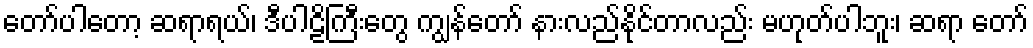
တော်ပါတော့ ဆရာရယ်၊ ဒီပါဠိကြီးတွေ ကျွန်တော် နားလည်နိုင်တာလည်း မဟုတ်ပါဘူး၊ ဆရာ တော်